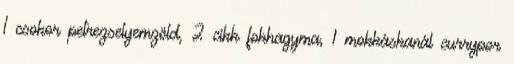
1 csokor petrezselyemzöld, 2 cikk fokhagyma, 1 mokkáskanál currypor